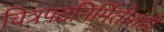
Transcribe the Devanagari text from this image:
चित्रपटनिर्मितीतही